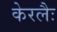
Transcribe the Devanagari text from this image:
केरलैः